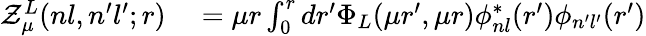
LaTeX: \begin{array}{rl}{\mathcal{Z}_{\mu}^{L}(nl,n^{\prime}l^{\prime};r)}&{{}=\mu r\int_{0}^{r}dr^{\prime}\Phi_{L}(\mu r^{\prime},\mu r)\phi_{nl}^{*}(r^{\prime})\phi_{n^{\prime}l^{\prime}}(r^{\prime})}\end{array}